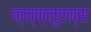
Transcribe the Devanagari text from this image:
क्न्फ्लुएन्स